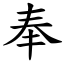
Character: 奉